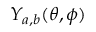
Y _ { a , b } ( \theta , \phi )